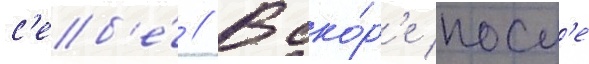
с'еб'е́ // Вско́р'е посл'е